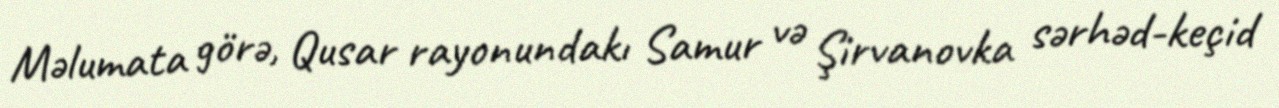
Məlumata görə, Qusar rayonundakı Samur və Şirvanovka sərhəd-keçid